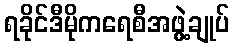
ရခိုင်ဒီမိုကရေစီအဖွဲ့ချုပ်